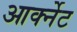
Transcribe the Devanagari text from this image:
आर्क्नेट